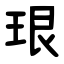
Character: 珢